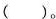
( )。